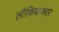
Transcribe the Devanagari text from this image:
लौकिककार